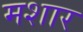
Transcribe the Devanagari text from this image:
मशार